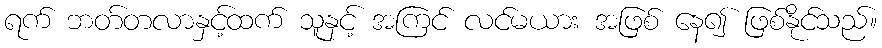
ရက် ဘတ်တလာနှင့်ထက် သူနှင့် အကြင် လင်မယား အဖြစ် နေ၍ ဖြစ်နိုင်သည်။